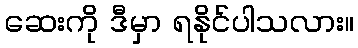
ဆေးကို ဒီမှာ ရနိုင်ပါသလား။